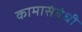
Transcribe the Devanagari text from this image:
कामासंबंधी